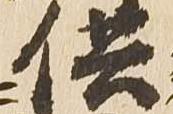
供